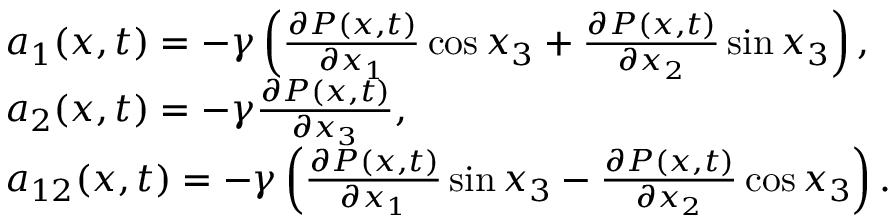
\begin{array} { r l } & { a _ { 1 } ( x , t ) = - \gamma \left( \frac { \partial P ( x , t ) } { \partial x _ { 1 } } \cos x _ { 3 } + \frac { \partial P ( x , t ) } { \partial x _ { 2 } } \sin x _ { 3 } \right) , } \\ & { a _ { 2 } ( x , t ) = - \gamma \frac { \partial P ( x , t ) } { \partial x _ { 3 } } , } \\ & { a _ { 1 2 } ( x , t ) = - \gamma \left( \frac { \partial P ( x , t ) } { \partial x _ { 1 } } \sin x _ { 3 } - \frac { \partial P ( x , t ) } { \partial x _ { 2 } } \cos x _ { 3 } \right) . } \end{array}